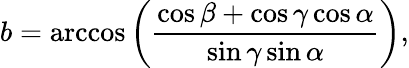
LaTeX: b=\operatorname{arccos}\left({\frac{\cos\beta+\cos\gamma\cos\alpha}{\sin\gamma\sin\alpha}}\right),